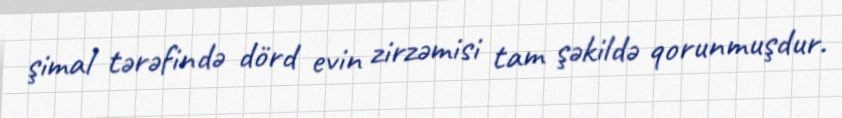
şimal tərəfində dörd evin zirzəmisi tam şəkildə qorunmuşdur.